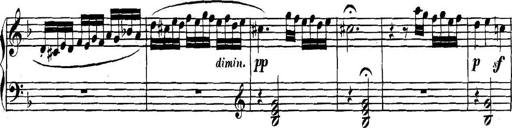
Title: Collected Piano Sonatas
Composer: Muzio Clementi